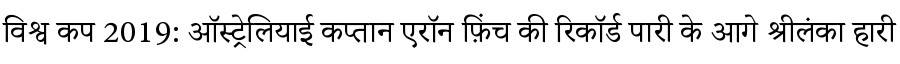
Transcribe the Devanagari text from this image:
विश्व कप 2019: ऑस्ट्रेलियाई कप्तान एरॉन फ़िंच की रिकॉर्ड पारी के आगे श्रीलंका हारी